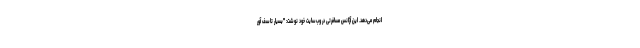
انجام می‌دهد. این آژانس مسافرتی در وب‌سایت خود نوشت: "بسیار تاسف آور